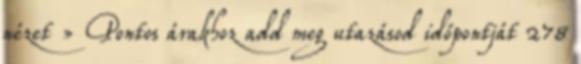
nézet » Pontos árakhoz add meg utazásod időpontját 278